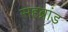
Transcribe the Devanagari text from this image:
सहब्रांड